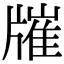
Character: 𤗯